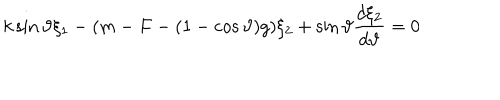
k \sin \vartheta \xi _ { 1 } - ( m - F - ( 1 - \cos \vartheta ) g ) \xi _ { 2 } + \sin \vartheta \frac { d \xi _ { 2 } } { d \vartheta } = 0